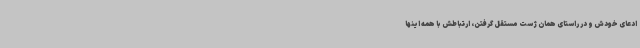
ادعای خودش و در راستای همان ژست مستقل‌ گرفتن، ارتباطش با همه اینها